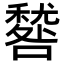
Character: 𥢑